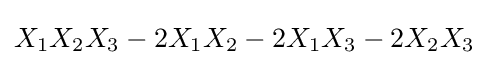
X_{1}X_{2}X_{3}-2X_{1}X_{2}-2X_{1}X_{3}-2X_{2}X_{3}